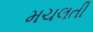
મચલતી